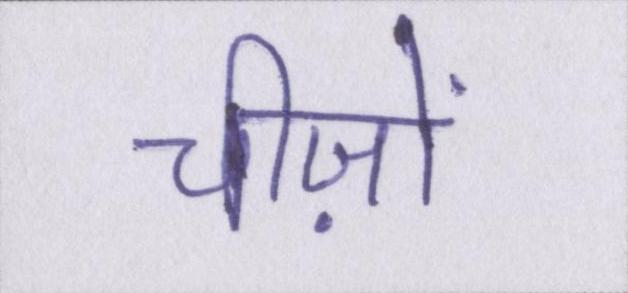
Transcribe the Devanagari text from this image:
चीज़ों